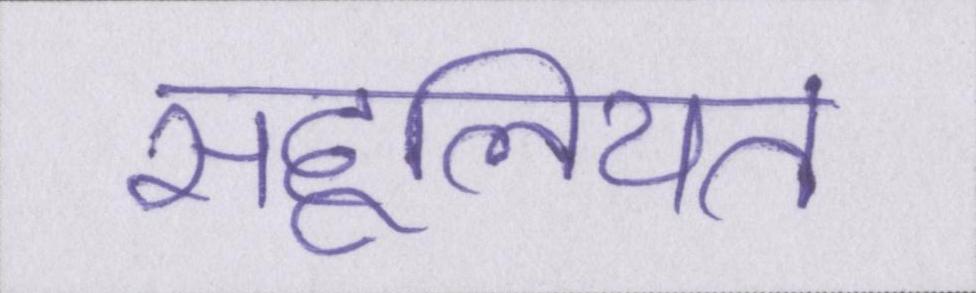
सहूलियत